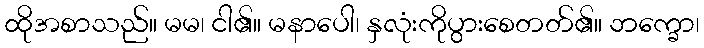
ထိုအစာသည်။ မမ၊ ငါ၏။ မနာပေါ၊ နှလုံးကိုပွားစေတတ်၏။ ဘက္ခော၊